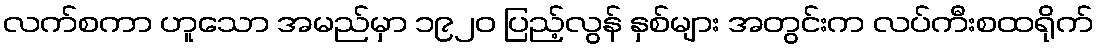
လက်စကာ ဟူသော အမည်မှာ ၁၉၂၀ ပြည့်လွန် နှစ်များ အတွင်းက လပ်ကီးစထရိုက်